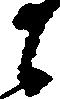
に